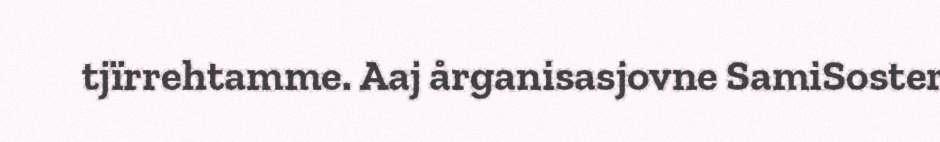
tjïrrehtamme. Aaj årganisasjovne SamiSoster